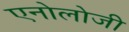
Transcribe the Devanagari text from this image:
एनोलोजी